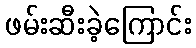
ဖမ်းဆီးခဲ့ကြောင်း